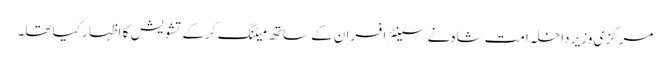
مرکزی وزیر داخلہ امت شاہ نے سینئر افسران کے ساتھ میٹنگ کرکے تشویش کا اظہار کیا تھا۔